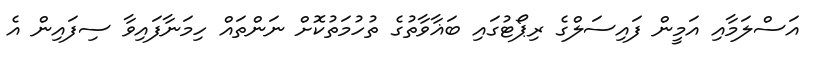
އަސްލަމާއި އަމީން ފައިސަލްގެ ރިޕޯޓުގައި ބަޣާވާތުގެ ތުހުމަތުކޮށް ނަންތައް ހިމަނާފައިވާ ސިފައިން އެ